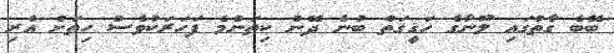
ބޭބެ ގާތުގައި ލޫނާގެ ހަޤީޤަތް ބުނެ ދޭން ކިތަންމެ ފަހަރަކުވެސް ހިތަށް އެރި